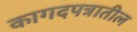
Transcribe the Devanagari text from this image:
कागदपत्रातील